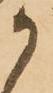
か